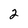
Character: 2